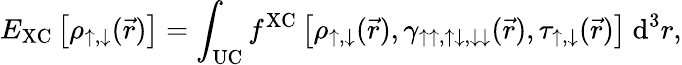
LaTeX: E_{\mathrm{XC}}\left[\rho_{\uparrow,\downarrow}(\vec{r})\right]=\int_{\mathrm{UC}}f^{\mathrm{XC}}\left[\rho_{\uparrow,\downarrow}(\vec{r}),\gamma_{\uparrow\uparrow,\uparrow\downarrow,\downarrow\downarrow}(\vec{r}),\tau_{\uparrow,\downarrow}(\vec{r})\right]~\textrm{d}^{3}r,